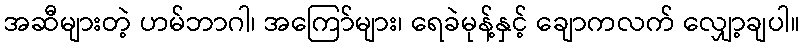
အဆီများတဲ့ ဟမ်ဘာဂါ၊ အကြော်များ၊ ရေခဲမုန့်နှင့် ချောကလက် လျှော့ချပါ။